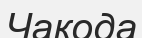
Чакода